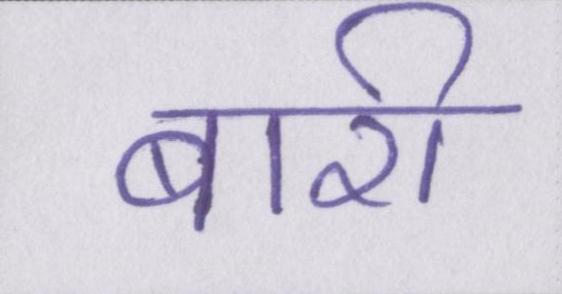
बारी